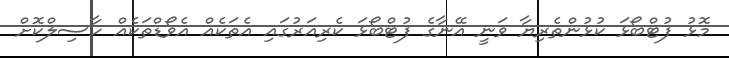
މޮޅު ފުޓްބޯޅަ ކުޅުންތެރިޔާ ވަނީ އޭނާގެ ފުޓްބޯޅަ ކެރިއަރުގައި އެތަކެއް އެވޯޑްތަކެއް ހާސިލްކޮށް